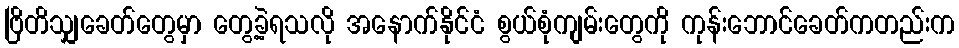
ဗြိတိသျှခေတ်တွေမှာ တွေ့ခဲ့ရသလို အနောက်နိုင်ငံ စွယ်စုံကျမ်းတွေကို ကုန်းဘောင်ခေတ်ကတည်းက